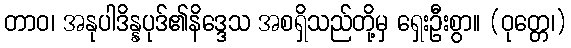
တာဝ၊ အနုပါဒိန္နပုဒ်၏နိဒ္ဒေသ အစရှိသည်တို့မှ ရှေးဦးစွာ။ (ဝုတ္တေ၊)